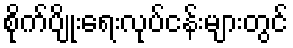
စိုက်ပျိုးရေးလုပ်ငန်းများတွင်